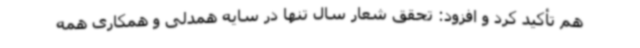
هم تأکید کرد و افزود: تحقق شعار سال تنها در سایه همدلی و همکاری همه